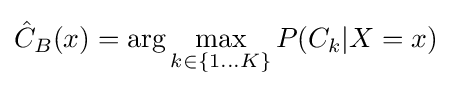
{\hat {C}}_{B}(x)=\arg \max _{k\in \{1...K\}}P(C_{k}|X=x)